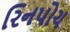
રિનપોચ